Notes on vaccination in the North-West Frontier Province 1923-1928 - 1923-1928
Year: 1923
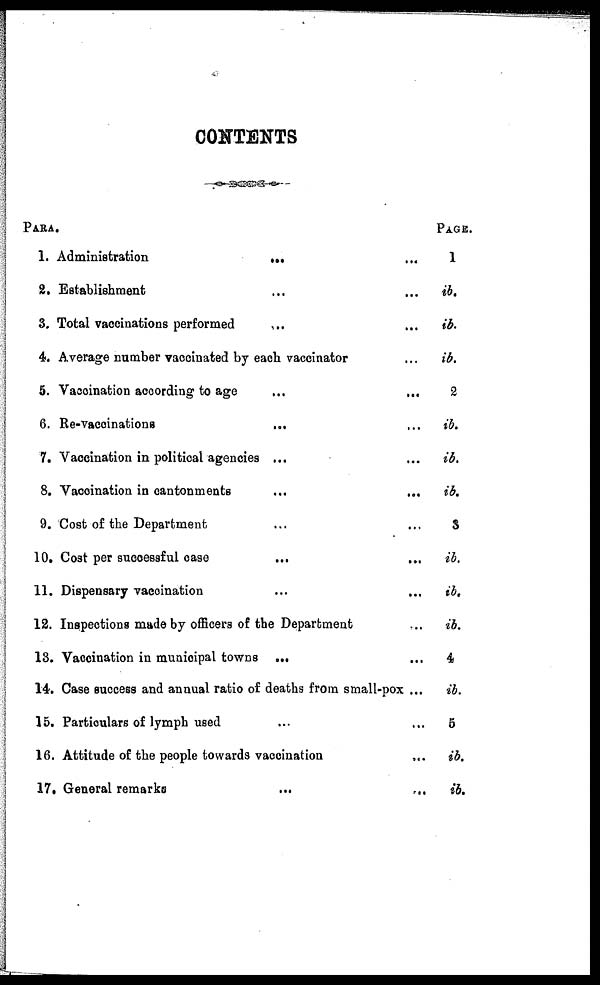
CONTENTS
PARA.
1.
2.
3.
4.
5.
6.
7.
8.
9.
10.
11.
12.
13.
14.
15.
16.
17.
Administration
...
...
...
Establishment ... ... ...
Total vaccinations performed ... ...
Average number vaccinated by each vaccinator ...
Vaccination according to age ... ...
Re-vaccinations
...
...
...
Vaccination in political agencies ... ... ...
Vaccination in cantonments ... ... ...
Cost of the Department ... ... ...
Cost per successful case ... ... ...
Dispensary vaccination ... ... ...
Inspections made by officers of the Department ...
Vaccination in municipal towns ... ... ...
Case success and annual ratio of deaths from small-pox ...
Particulars of lymph used ... ...
Attitude of the people towards vaccination ...
General remarks ... ... ...
PAGE.
1
ib.
ib.
ib.
2
ib.
ib.
ib.
3
ib.
ib.
ib.
4
ib.
5
ib.
ib.